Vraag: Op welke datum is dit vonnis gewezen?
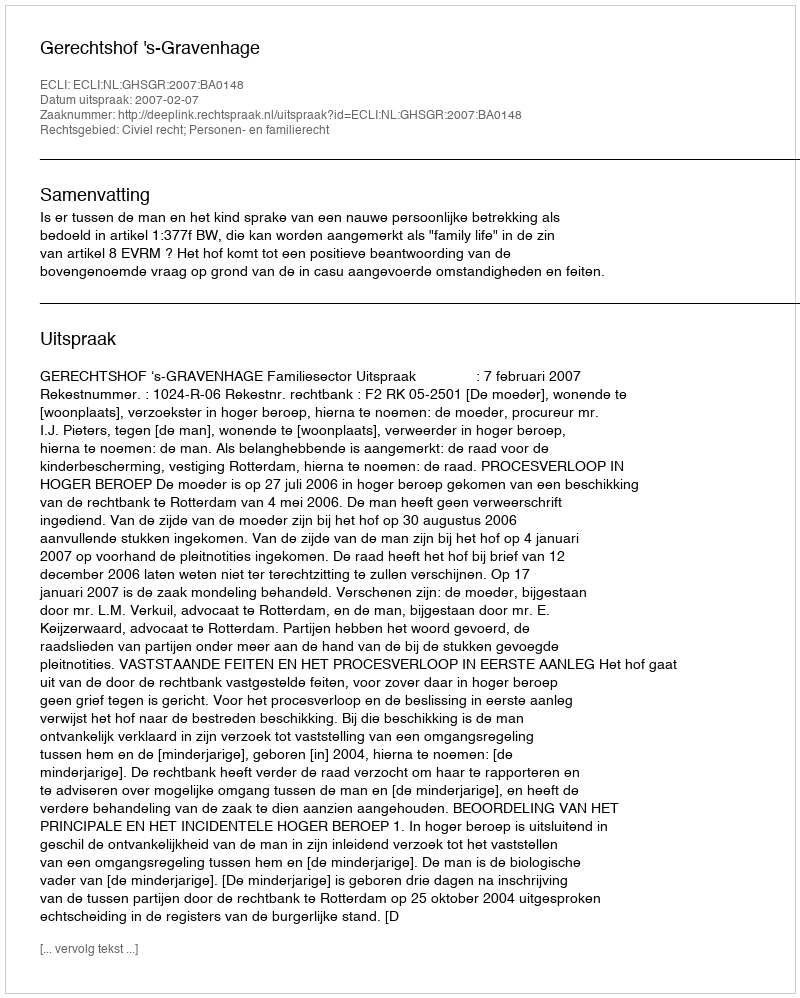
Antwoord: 2007-02-07